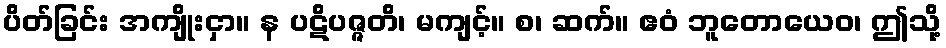
ပိတ်ခြင်း အကျိုးငှာ။ န ပဋိပဇ္ဇတိ၊ မကျင့်။ စ၊ ဆက်။ ဧဝံ ဘူတောယေဝ၊ ဤသို့